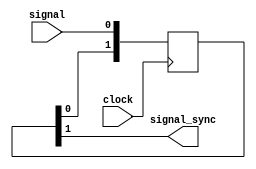
module Sync_input (
clock,
signal,
signal_sync
);

input		wire clock, signal;
output	wire signal_sync; 	


assign signal_sync = sync[1];
reg [1:0] sync;

always @(posedge clock) sync <= { sync[0], signal };


endmodule